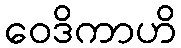
ဝေဒိကာဟိ